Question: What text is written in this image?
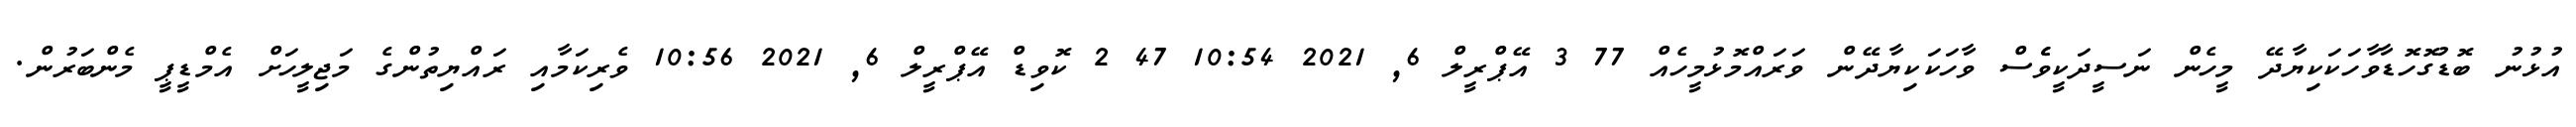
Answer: އުޅުނު ބޮޑުގޮހޮޑާވާހަކަކިޔާދޭ މީހެން ނަސީދަކީވެެސް ވާހަކަކިޔާދޭން ވަރައްމޮޅުމީހެއް 77 3 އޭޕްރީލް 6, 2021 10:54 47 2 ކޮވިޑް އޭޕްރީލް 6, 2021 10:56 ވެރިކަމާއި ރައްޔިތުންގެ މަޖިލީހަށް އެމްޑީޕީ މެންބަރުން.